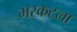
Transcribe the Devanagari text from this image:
भरकटला